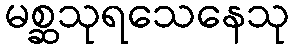
မစ္ဆသုရသေနေသု